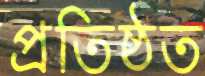
প্রতিষ্ঠত